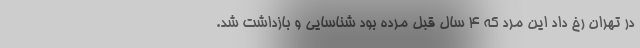
در تهران رخ داد این مرد که 4 سال قبل مرده بود شناسایی و بازداشت شد.